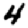
Digit: 4